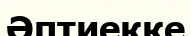
Әптиекке